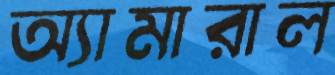
অ্যামারাল